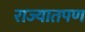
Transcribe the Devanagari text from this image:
राज्यातपण